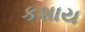
કશાય